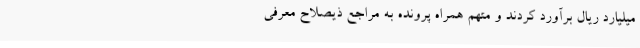
میلیارد ریال برآورد کردند و متهم همراه پرونده به مراجع ذیصلاح معرفی